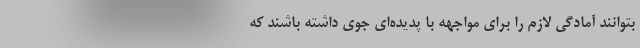
بتوانند آمادگی لازم را برای مواجهه با پدیده‌ای جوی داشته باشند که